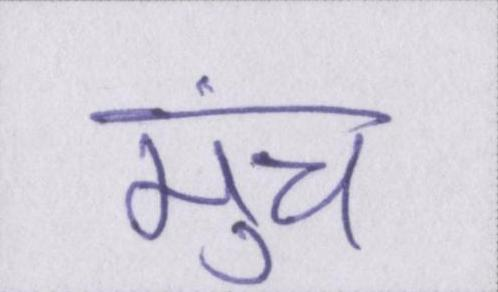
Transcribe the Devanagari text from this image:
मुंच